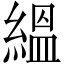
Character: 縕